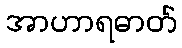
အာဟာရဓာတ်